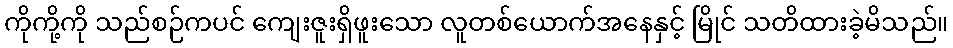
ကိုကို့ကို သည်စဉ်ကပင် ကျေးဇူးရှိဖူးသော လူတစ်ယောက်အနေနှင့် မြိုင် သတိထားခဲ့မိသည်။